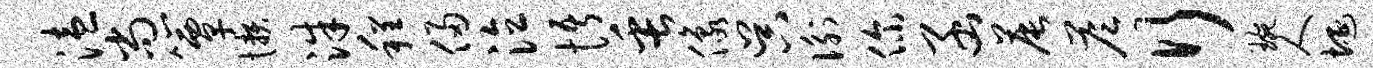
溘尚簟懒洙程侵泣悟缶像吴衡你函晨答行琬人埏